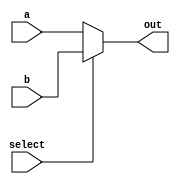
module basemux(a, b, select, out);
input select;
input [31:0] a, b;
output [31:0] out;

//output a if select = true, b if select = false
assign out = select ? b : a;
endmodule

module fourto1mux(a, b, c, d, select, out);
input [1:0] select;
input [31:0] a, b, c, d;
output [31:0] out;

wire [31:0] w1;
wire [31:0] w2;

basemux in1(a, b, select[0], w1);
basemux in2(c, d, select[0], w2);

basemux outmux(w1, w2, select[1], out);

endmodule

module eightto1mux(a, b, c, d, e, f, g, h, select, out);
input [2:0] select;
input [31:0] a, b, c, d, e, f, g, h;
output [31:0] out;

wire [31:0] w1;
wire [31:0] w2;

fourto1mux mux1(a, b, c, d, select[1:0], w1);
fourto1mux mux2(e, f, g, h, select[1:0], w2);

basemux finalmux(w1, w2, select[2], out);

endmodule

module mux(a, b, c, d, e, f, g, h, i, j, k, l, m, n, o, p, q, r, s, t, u, v, w, x, y, z, aa, ab, ac, ad, ae, af, select, out);
input [4:0] select;
input [31:0] a, b, c, d, e, f, g, h, i, j, k, l, m, n, o, p, q, r, s, t, u, v, w, x, y, z, aa, ab, ac, ad, ae, af;
output [31:0] out;

wire [31:0] w1;
wire [31:0] w2;
wire [31:0] w3;
wire [31:0] w4;

eightto1mux mux1(a, b, c, d, e, f, g, h, select[2:0], w1);
eightto1mux mux2(i, j, k, l, m, n, o, p, select[2:0], w2);
eightto1mux mux3(q, r, s, t, u, v, w, x, select[2:0], w3);
eightto1mux mux4(y, z, aa, ab, ac, ad, ae, af, select[2:0], w4);

fourto1mux comb(w1, w2, w3, w4, select[4:3], out);

endmodule